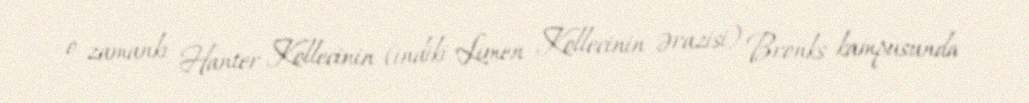
o zamankı Hanter Kollecinin (indiki Limen Kollecinin ərazisi) Bronks kampusunda